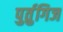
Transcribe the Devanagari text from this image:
पुर्तुगिज